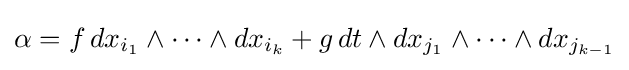
\alpha =f\,dx_{i_{1}}\wedge \dots \wedge dx_{i_{k}}+g\,dt\wedge dx_{j_{1}}\wedge \dots \wedge dx_{j_{k-1}}